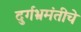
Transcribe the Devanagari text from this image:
दुर्गभ्रमंतीचे